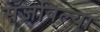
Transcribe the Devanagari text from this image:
सजविल्या